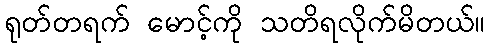
ရုတ်တရက် မောင့်ကို သတိရလိုက်မိတယ်။